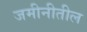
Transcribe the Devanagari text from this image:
जमीनीतील